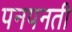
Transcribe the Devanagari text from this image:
पनपनती